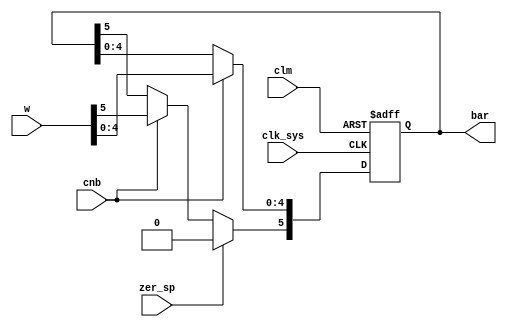
/*
	BAR register (bits 10-15 of SR):
	* 10: Q register
	* 11: BS register
	* 12-15: Block number register (NB)
*/

module bar(
	input clk_sys,
	input [10:15] w,
	input cnb,
	input clm,
	input zer_sp,
	output reg [0:5] bar
);

	always @ (posedge clk_sys, posedge clm) begin
		if (clm) bar <= 6'd0;
		else begin
			if (cnb) bar[1:5] <= w[11:15];
			if (zer_sp) bar[0] <= 1'b0;
			else if (cnb) bar[0] <= w[10];
		end
	end

endmodule

// vim: tabstop=2 shiftwidth=2 autoindent noexpandtab